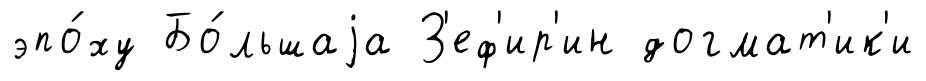
эпо́ху Бо́льшаjа З'еф'ир'ин догмат'ик'и